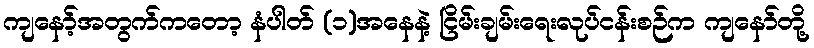
ကျနော့်အတွက်ကတော့ နံပါတ် (၁)အနေနဲ့ ငြိမ်းချမ်းရေးလုပ်ငန်းစဉ်က ကျနော်တို့